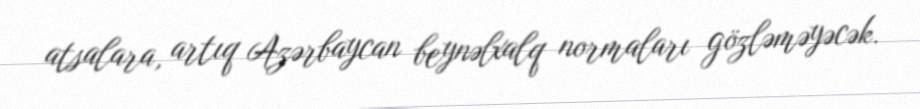
atsalara, artıq Azərbaycan beynəlxalq normaları gözləməyəcək.